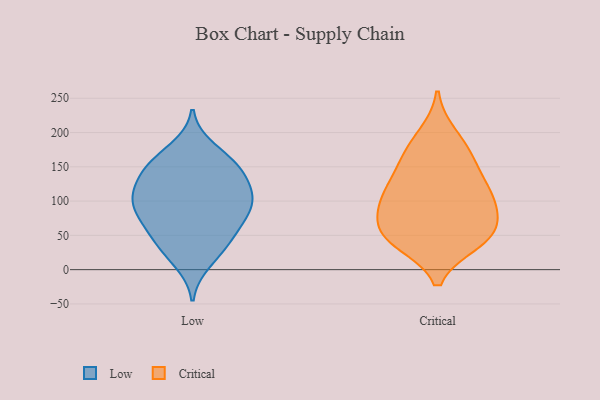
{"axis": {"x": "Latency (ms)", "y": "Value"}, "legend": ["Critical", "Low"], "data": [{"x": "", "y": 149, "type": "Low"}, {"x": "", "y": 129, "type": "Low"}, {"x": "", "y": 42, "type": "Low"}, {"x": "", "y": 125, "type": "Low"}, {"x": "", "y": 99, "type": "Low"}, {"x": "", "y": 104, "type": "Low"}, {"x": "", "y": 46, "type": "Low"}, {"x": "", "y": 11, "type": "Low"}, {"x": "", "y": 77, "type": "Low"}, {"x": "", "y": 96, "type": "Low"}, {"x": "", "y": 143, "type": "Low"}, {"x": "", "y": 161, "type": "Low"}, {"x": "", "y": 102, "type": "Low"}, {"x": "", "y": 98, "type": "Low"}, {"x": "", "y": 26, "type": "Low"}, {"x": "", "y": 152, "type": "Low"}, {"x": "", "y": 177, "type": "Low"}, {"x": "", "y": 72, "type": "Low"}, {"x": "", "y": 60, "type": "Low"}, {"x": "", "y": 46, "type": "Critical"}, {"x": "", "y": 95, "type": "Critical"}, {"x": "", "y": 52, "type": "Critical"}, {"x": "", "y": 116, "type": "Critical"}, {"x": "", "y": 162, "type": "Critical"}, {"x": "", "y": 48, "type": "Critical"}, {"x": "", "y": 196, "type": "Critical"}, {"x": "", "y": 57, "type": "Critical"}, {"x": "", "y": 141, "type": "Critical"}, {"x": "", "y": 101, "type": "Critical"}, {"x": "", "y": 172, "type": "Critical"}, {"x": "", "y": 113, "type": "Critical"}, {"x": "", "y": 85, "type": "Critical"}, {"x": "", "y": 41, "type": "Critical"}]}